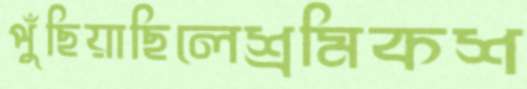
পুঁছিয়াছিলেশ্রমিকশ